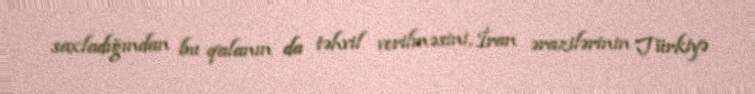
saxladığından bu qalanın da təhvil verilməsini, İran ərazilərinin Türkiyə